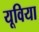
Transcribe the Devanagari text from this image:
यूविया